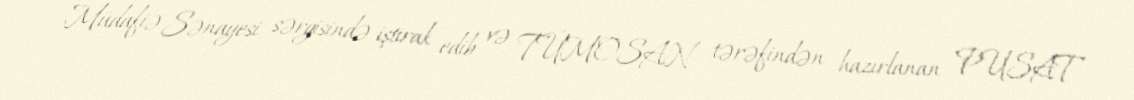
Müdafiə Sənayesi sərgisində iştirak edib və TÜMOSAN tərəfindən hazırlanan PUSAT